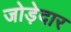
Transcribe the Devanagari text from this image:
जोड़ेदार